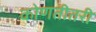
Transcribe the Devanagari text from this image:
कोणतीतरी